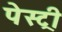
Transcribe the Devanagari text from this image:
पेस्‍ट्री